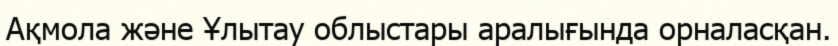
Ақмола және Ұлытау облыстары аралығында орналасқан.